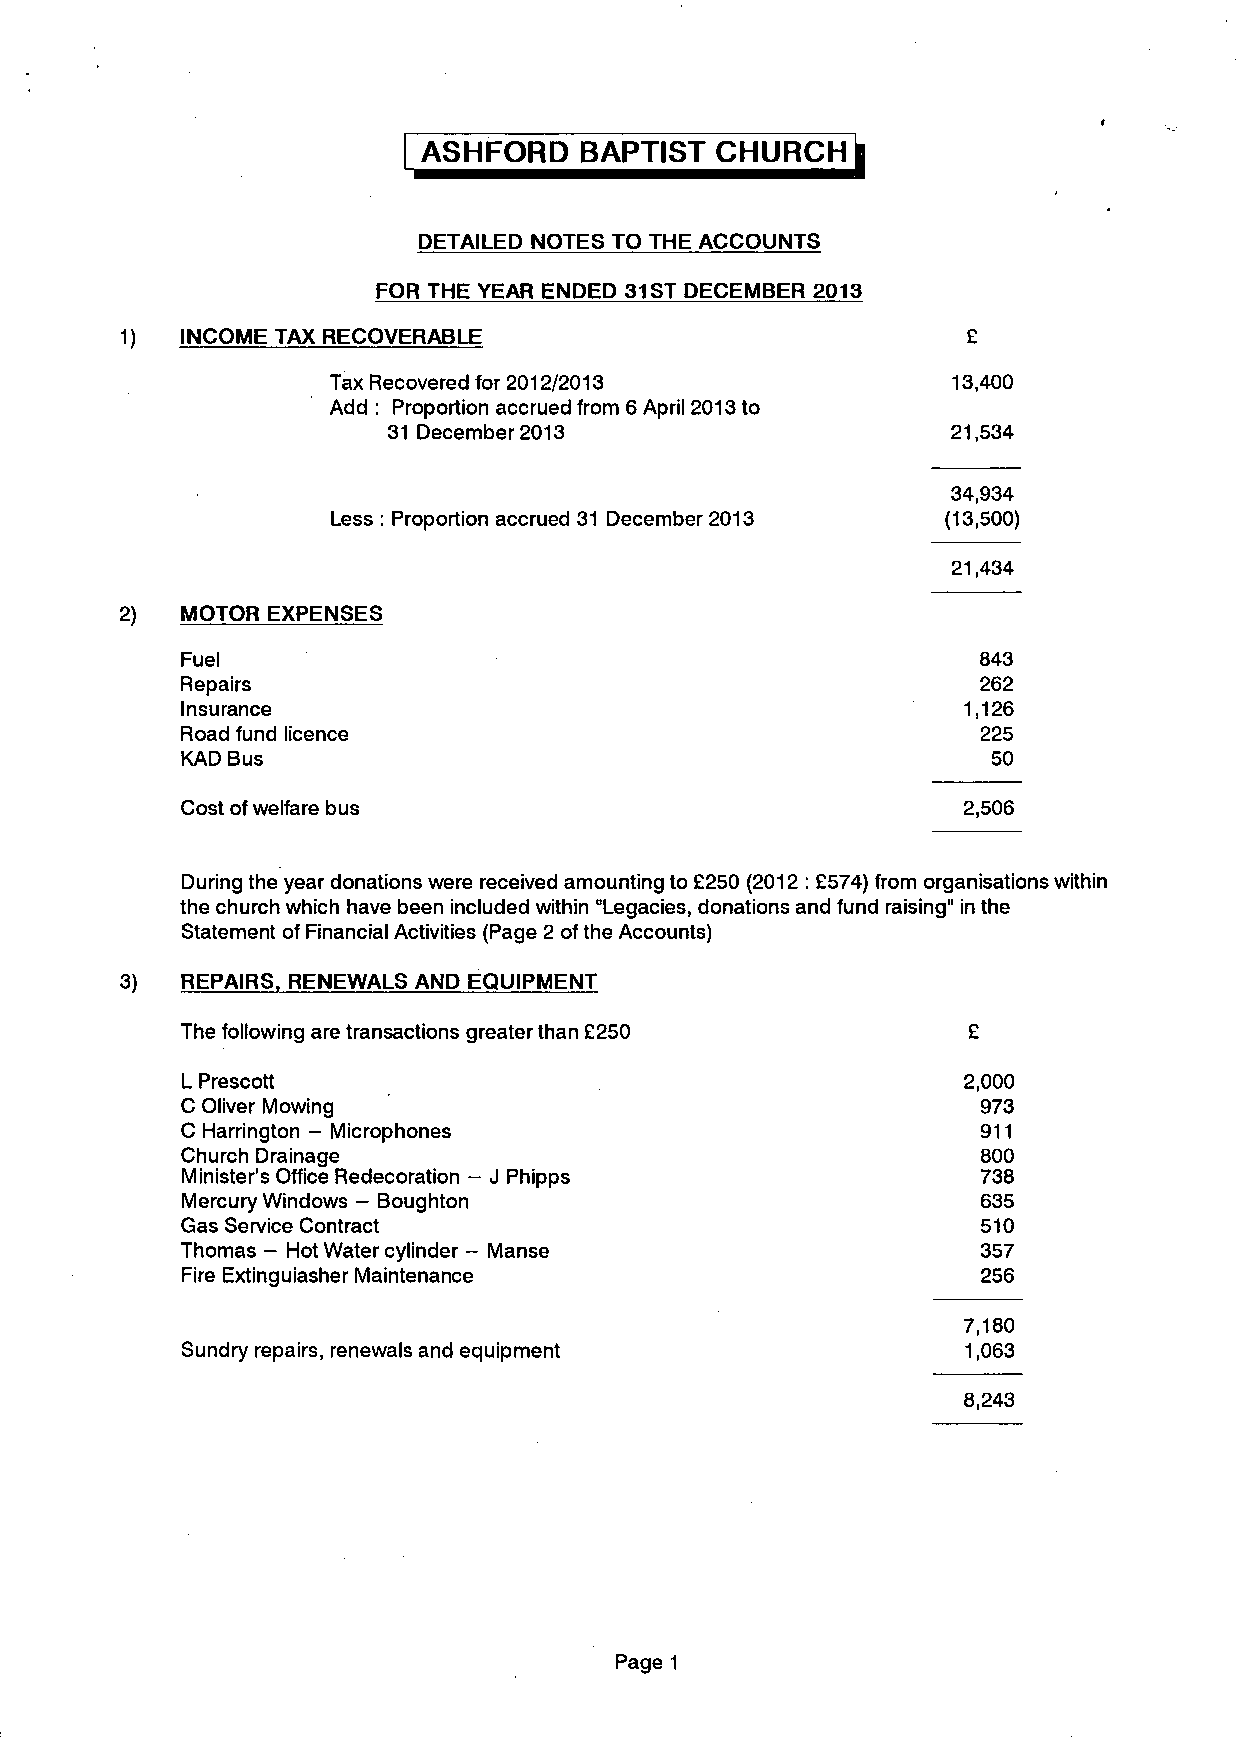
ASHFORD   BAPTIST  CHURCH    j
 DETAILED NOTES TO THE ACCOUNTS
 FOR THE YEAR ENDED 31 ST DECEMBER 2013
 1)  INCOME TAX RECOVERABLE                              £
 Tax Recovered for 2012/2013              13,400
 Add : Proportion accrued from 6 April 2013 to
 31 December 2013                     21,534
 34,934
 Less : Proportion accrued 31 December 2013 (13,500)
 21,434
 2)  MOTOR EXPENSES
 Fuel                                                 843
 Repairs                                              262
 Insurance                                           1,126
 Road fund licence                                    225
 KAD Bus                                               50
 Cost of welfare bus                                 2,506
 During the year donations were received amounting to £250 (2012 : £574) from organisations within
 the church which have been included within "Legacies, donations and fund raising" in the
 Statement of Financial Activities (Page 2 of the Accounts)
 3)  REPAIRS. RENEWALS AND EQUIPMENT
 The following are transactions greater than £250    £
 L Prescott                                          2,000
 C Oliver Mowing                                      973
 C Harrington - Microphones                           911
 Church Drainage                                      800
 Minister's Office Redecoration - J Phipps            738
 Mercury Windows - Boughton                           635
 Gas Service Contract                                 510
 Thomas - Hot Water cylinder - Manse                  357
 Fire Extinguiasher Maintenance                       256
 7,180
 Sundry repairs, renewals and equipment              1,063
 8,243
 Page 1